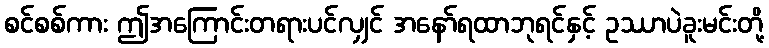
စင်စစ်ကား ဤအကြောင်းတရားပင်လျှင် အနော်ရထာဘုရင်နှင့် ဥဿာပဲခူးမင်းတို့